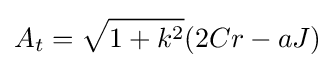
A_{t}={\sqrt {1+k^{2}}}(2Cr-aJ)